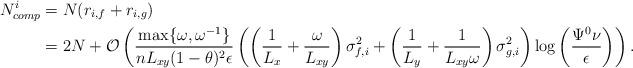
LaTeX: \begin{align*}N_{comp}^i &= N(r_{i, f}+r_{i, g}) \\&= 2N + \mathcal{O}\left( \frac{\max\{\omega, \omega^{-1}\}}{nL_{xy}(1-\theta)^2\epsilon}\left( \left( \frac{1}{L_{x}}+\frac{\omega}{L_{xy}} \right)\sigma_{f, i}^2 + \left( \frac{1}{L_{y}}+\frac{1}{L_{xy}\omega} \right)\sigma_{g, i}^2 \right)\log\left(\frac{\Psi^0\nu}{\epsilon}\right)\right).\end{align*}